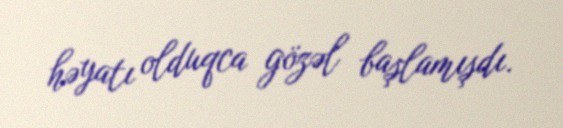
həyatı olduqca gözəl başlamışdı.